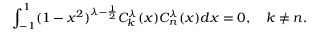
\int _ { - 1 } ^ { 1 } ( 1 - x ^ { 2 } ) ^ { \lambda - \frac { 1 } { 2 } } C _ { k } ^ { \lambda } ( x ) C _ { n } ^ { \lambda } ( x ) d x = 0 , \quad k \neq n .